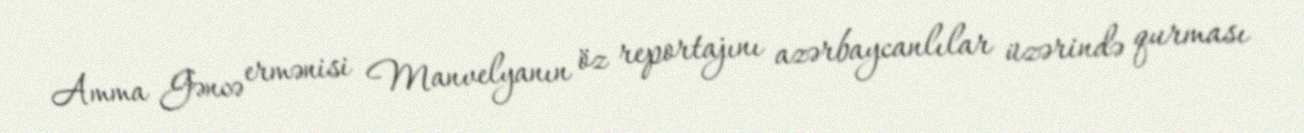
Amma Gəncə ermənisi Manvelyanın öz reportajını azərbaycanlılar üzərində qurması